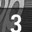
Digit: 3